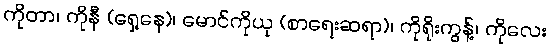
ကိုတာ၊ ကိုနီ (ရှေ့နေ)၊ မောင်ကိုယု (စာရေးဆရာ)၊ ကိုရိုးကွန့်၊ ကိုလေး